Report on vaccination in the Province of Bengal - 1869-1873
Year: 1869
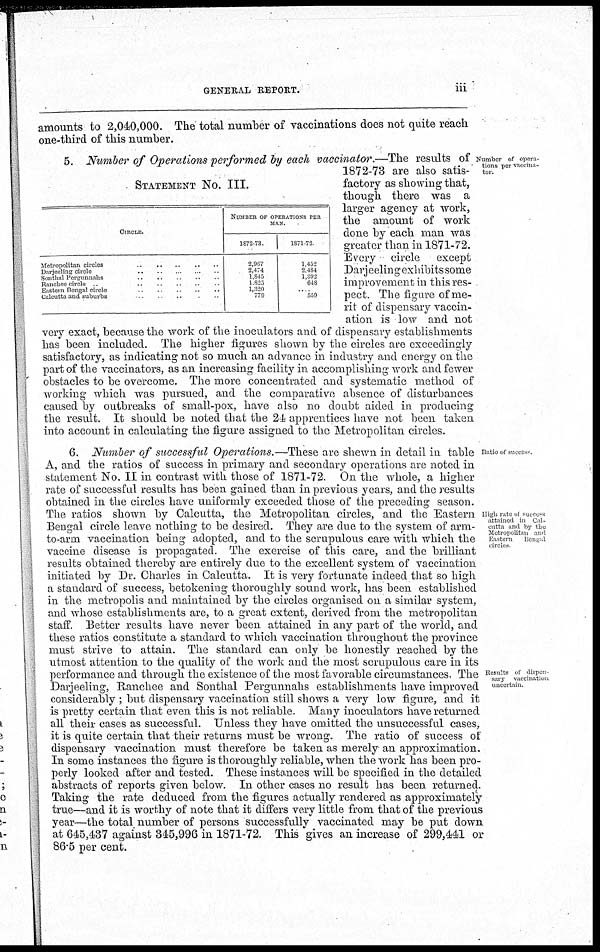
GENERAL REPORT.
iii
amounts to 2,040,000. The total number of vaccinations does not quite reach
one-third of this number.
Number of opera-
tions per vaccina-
tor.
STATEMENT NO. III.
CIRCLE.
Metropolitan circles .. .. .. .. ..
Darjeeling circle .. .. .. .. ..
Sonthal Pergunuahs .. .. .. .. ..
Ranchee circle .. .. .. .. ..
Eastern Bengal circle
..
..
..
..
..
Calcutta and suburbs .. .. .. .. ..
NUMBER OF OPERATIONS PER
MAN.
1872-73
2,967
2,474
1,845
1,825
1,320
779
1871-72
1,452
2,484
1,092
648
..
559
5. Number of Operations performed by each vaccinator.—The results of
1872-73 are also satis-
factory as showing that,
though there was a
larger agency at work,
the amount of work
done by each man was
greater than in 1871-72.
Every circle except
Darjeeling exhibits some
improvement in this res-
pect. The figure of me-
rit of dispensary vaccin-
ation is low and not
very exact, because the work of the inoculators and of dispensary establishments
has been included. The higher figures shown by the circles are exceedingly
satisfactory, as indicating not so much an advance in industry and energy on the
part of the vaccinators, as an increasing facility in accomplishing work and fewer
obstacles to be overcome. The more concentrated and systematic method of
working which was pursued, and the comparative absence of disturbances
caused by outbreaks of small-pox, have also no doubt aided in producing
the result. It should be noted that the 24 apprentices have not been taken
into account in calculating the figure assigned to the Metropolitan circles.
Ratio of success
High rate of success
attained in Cal-
cutta and by the
Metropolitan and
Eastern
Bengal
circles
Results of dispen-
sary vaccination
uncertain.
6. Number of successful Operations.—These are shewn in detail in table
A, and the ratios of success in primary and secondary operations are noted in
statement No. II in contrast with those of 1871-72. On the whole, a higher
rate of successful results has been gained than in previous years, and the results
obtained in the circles have uniformly exceeded those of the preceding season.
The ratios shown by Calcutta, the Metropolitan circles, and the Eastern
Bengal circle leave nothing to be desired. They are due to the system of arm-
to-arm vaccination being adopted, and to the scrupulous care with which the
vaccine disease is propagated. The exercise of this care, and the brilliant
results obtained thereby are entirely due to the excellent system of vaccination
initiated by Dr. Charles in Calcutta. It is very fortunate indeed that so high
a standard of success, betokening thoroughly sound work, has been established
in the metropolis and maintained by the circles organised on a similar system,
and whose establishments are, to a great extent, derived from the metropolitan
staff. Better results have never been attained in any part of the world, and
these ratios constitute a standard to which vaccination throughout the province
must strive to attain. The standard can only be honestly reached by the
utmost attention to the quality of the work and the most scrupulous care in its
performance and through the existence of the most favorable circumstances. The
Darjeeling, Ranchee and Sonthal Pergunnahs establishments have improved
considerably ; but dispensary vaccination still shows a very low figure, and it
is pretty certain that even this is not reliable. Many inoculators have returned
all their cases as successful. Unless they have omitted the unsuccessful cases,
it is quite certain that their returns must be wrong. The ratio of success of
dispensary vaccination must therefore be taken as merely an approximation.
In some instances the figure is thoroughly reliable, when the work has been pro-
perly looked after and tested. These instances will be specified in the detailed
abstracts of reports given below. In other cases no result has been returned.
Taking the rate deduced from the figures actually rendered as approximately
true—and it is worthy of note that it differs very little from that of the previous
year—the total number of persons successfully vaccinated may be put down
at 645,437 against 345,996 in 1871-72. This gives an increase of 299,441 or
86.5 per cent.